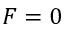
F = 0